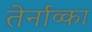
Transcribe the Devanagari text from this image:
तेर्नाव्का